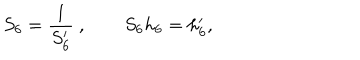
LaTeX: S _ { 6 } = { \frac { 1 } { S _ { 6 } ^ { \prime } } } \ , \qquad S _ { 6 } h _ { 6 } = h _ { 6 } ^ { \prime } ,